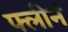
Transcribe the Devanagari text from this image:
फ्लीनं